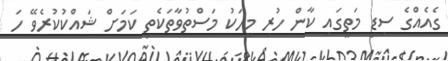
ގެއެއްގެ ސިޑި މަތީގައި ކާން ހުރި މީހަކު މަސްތުވާތަކެތި ކަމަށް ޝައްކުކުރެވޭ ހަ